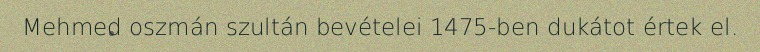
Mehmed oszmán szultán bevételei 1475-ben dukátot értek el.